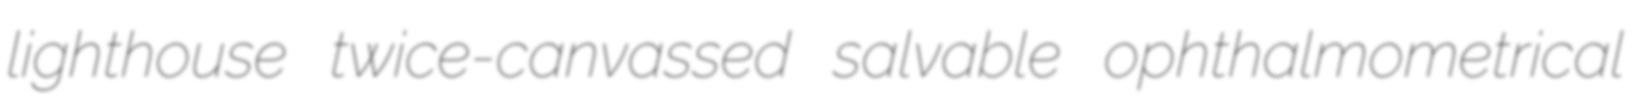
lighthouse twice-canvassed salvable ophthalmometrical